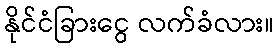
နိုင်ငံခြားငွေ လက်ခံလား။